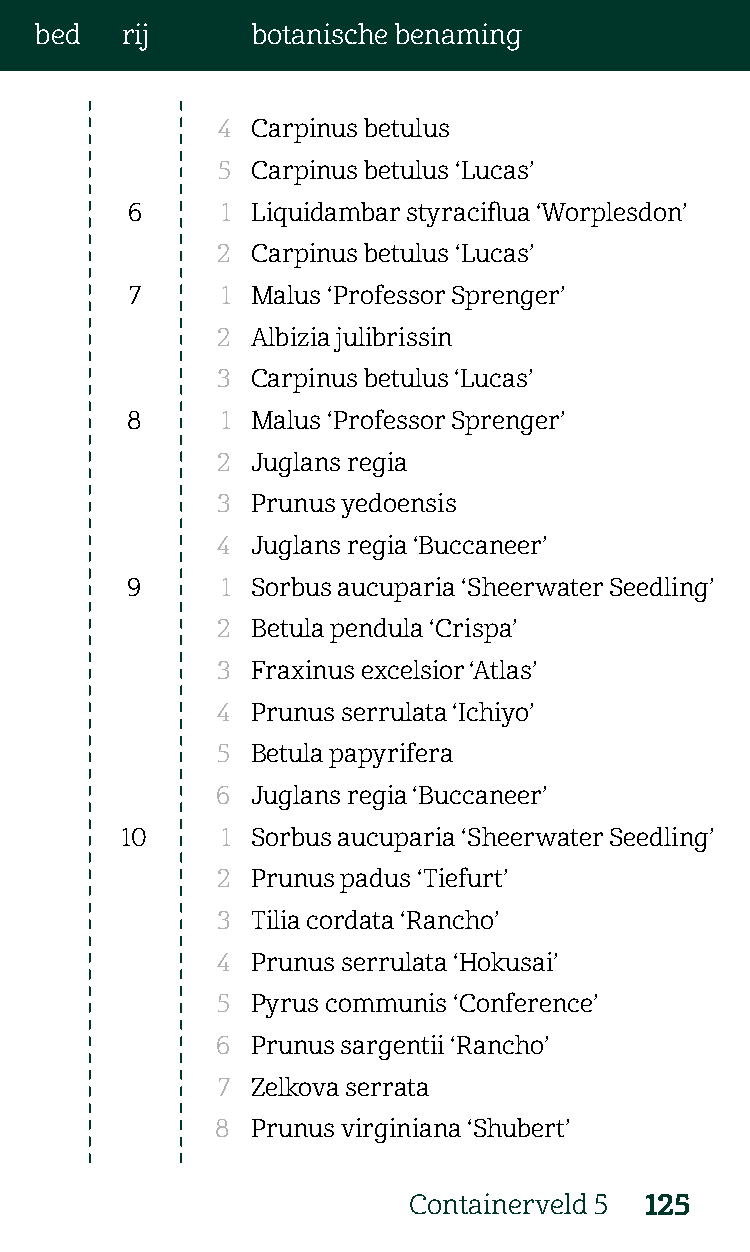
bed   rij      botanische benaming
 4  Carpinus betulus
 5  Carpinus betulus ‘Lucas’
 6      1 Liquidambar styraciflua ‘Worplesdon’
 2  Carpinus betulus ‘Lucas’
 7     1 Malus ‘Professor Sprenger’
 2  Albizia julibrissin
 3  Carpinus betulus ‘Lucas’
 8      1 Malus ‘Professor Sprenger’
 2  Juglans regia
 3  Prunus yedoensis
 4  Juglans regia ‘Buccaneer’
 9      1 Sorbus aucuparia ‘Sheerwater Seedling’
 2  Betula pendula ‘Crispa’
 3  Fraxinus excelsior ‘Atlas’
 4  Prunus serrulata ‘Ichiyo’
 5  Betula papyrifera
 6  Juglans regia ‘Buccaneer’
 10     1 Sorbus aucuparia ‘Sheerwater Seedling’
 2  Prunus padus ‘Tiefurt’
 3  Tilia cordata ‘Rancho’
 4  Prunus serrulata ‘Hokusai’
 5  Pyrus communis ‘Conference’
 6  Prunus sargentii ‘Rancho’
 7  Zelkova serrata
 8  Prunus virginiana ‘Shubert’
 Containerveld 5 125